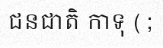
ជនជាតិ កាទុ ( ;